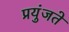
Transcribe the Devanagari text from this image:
प्रयुंजते